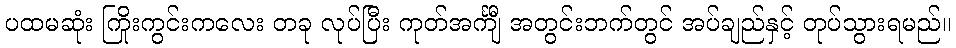
ပထမဆုံး ကြိုးကွင်းကလေး တခု လုပ်ပြီး ကုတ်အင်္ကျီ အတွင်းဘက်တွင် အပ်ချည်နှင့် တုပ်သွားရမည်။